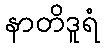
နာတိဒူရံ